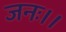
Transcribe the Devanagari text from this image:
जनः।।